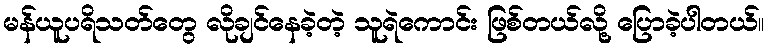
မန်ယူပရိသတ်တွေ လိုချင်နေခဲ့တဲ့ သူရဲကောင်း ဖြစ်တယ်လို့ ပြောခဲ့ပါတယ်။